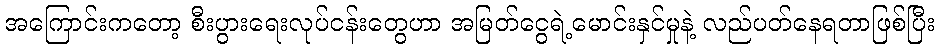
အကြောင်းကတော့ စီးပွားရေးလုပ်ငန်းတွေဟာ အမြတ်ငွေရဲ့မောင်းနှင်မှုနဲ့ လည်ပတ်နေရတာဖြစ်ပြီး